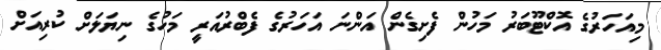
މިއަހަރުގެ އޮކްޓޫބަރު މަހުން ފެށިގެން އަންނަ އަހަރުގެ ފެބްރުއަރީ މަހުގެ ނިޔަލަށް ކުރިއަށް